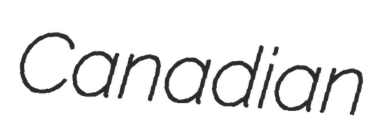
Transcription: Canadian